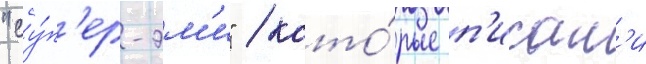
"су́п'ер-эм'и" / кото́рые п'исал'и